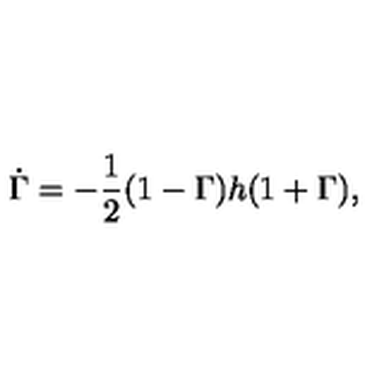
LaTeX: \dot { \Gamma } = - \frac { 1 } { 2 } ( 1 - \Gamma ) h ( 1 + \Gamma ) ,